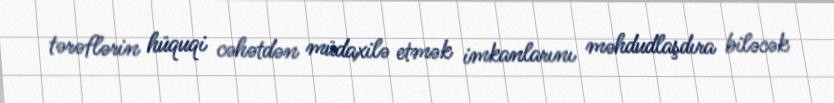
tərəflərin hüquqi cəhətdən müdaxilə etmək imkanlarını məhdudlaşdıra biləcək